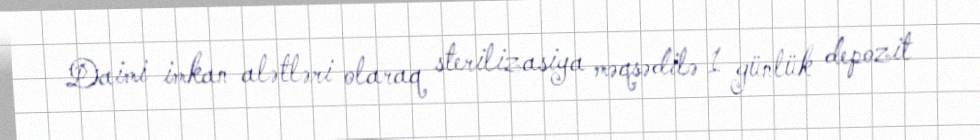
Daimi imkan alətləri olaraq sterilizasiya məqsədilə 1 günlük depozit